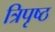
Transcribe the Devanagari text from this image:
त्रिपृष्ठ